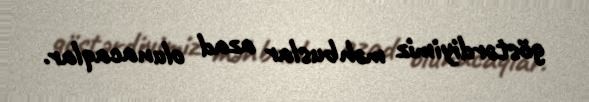
göstərdiyimiz məhbuslar azad olunacaqlar.